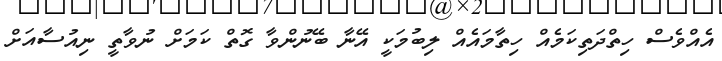
އެއްވެސް ހިތްދަތިކަމެއް ހިތާމައެއް ލިބުމަކީ އޭނާ ބޭނުންވާ ގޮތް ކަމަށް ނުވާތީ ނިއުސާއަށް